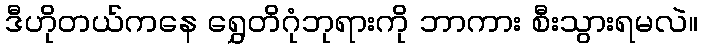
ဒီဟိုတယ်ကနေ ရွှေတိဂုံဘုရားကို ဘာကား စီးသွားရမလဲ။